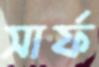
সার্ফ